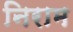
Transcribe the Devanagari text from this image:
निराम